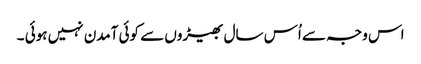
اس وجہ سے اُس سال بھیڑوں سے کوئی آمدن نہیں ہوئی ۔